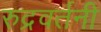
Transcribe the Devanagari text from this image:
रुद्रवर्तनी